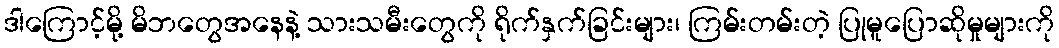
ဒါကြောင့်မို့ မိဘတွေအနေနဲ့ သားသမီးတွေကို ရိုက်နှက်ခြင်းများ၊ ကြမ်းတမ်းတဲ့ ပြုမူပြောဆိုမှုများကို